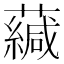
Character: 𧁺